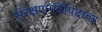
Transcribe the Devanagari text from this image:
संरक्षणमंत्रीपदावर